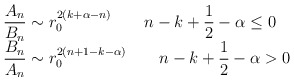
\begin{align*}\begin{array}{l} \displaystyle{\frac{A_n}{B_n}}\sim r_0^{2\left(k+\alpha-n\right)} \qquad n-k+\frac{1}{2}-\alpha \leq 0 \\ \displaystyle{\frac{B_n}{A_n}}\sim r_0^{2\left(n+1-k-\alpha\right)} \qquad n-k+\frac{1}{2}-\alpha> 0\end{array}\end{align*}